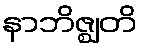
နာဘိဇ္ဈတိ